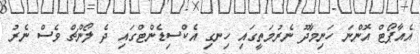
އެއާޕޯޓް އޮންނަ ހަނިމާދޫ ނެރުމަތީގައި ހިނގި އެކްސިޑެންޓްގައި ދެ ލޯންޗް ވެސް ނެރު